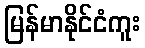
မြန်မာနိုင်ငံကူး